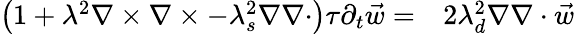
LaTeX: \begin{array}{rl}{\left(1+\lambda^{2}\nabla\times\nabla\times-\lambda_{s}^{2}\nabla\nabla\cdot\right)\tau\partial_{t}\vec{w}=}&{{}2\lambda_{d}^{2}\nabla\nabla\cdot\vec{w}}\end{array}